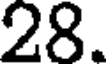
28.